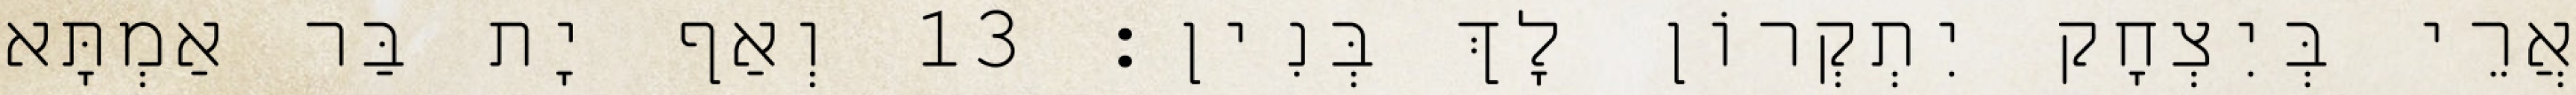
אֲרֵי בְּיִצְחָק יִתְקְרוֹן לָךְ בְּנִין׃ 13 וְאַף יָת בַּר אַמְתָּא